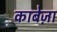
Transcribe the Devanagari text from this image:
काबेज़ा